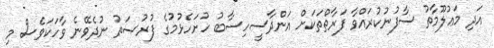
އަދި މަޢުލޫމާތު ސާފުނުކުރައްވާ ފަރާތްތަކަށް އަންދާސީހިސާބު ހުށަހެޅުމުގެ ފުރުޞަތު ނުދެވޭނެ ވާހަކަވެސް މި